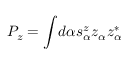
P _ { z } = \int \! d \alpha s _ { \alpha } ^ { z } z _ { \alpha } z _ { \alpha } ^ { * }